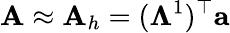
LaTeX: {\mathbf A}\approx{\mathbf A}_{h}=({\mathbb\Lambda}^{1})^{\top}{\mathbf a}